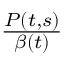
\textstyle { \frac { P ( t , s ) } { \beta ( t ) } }